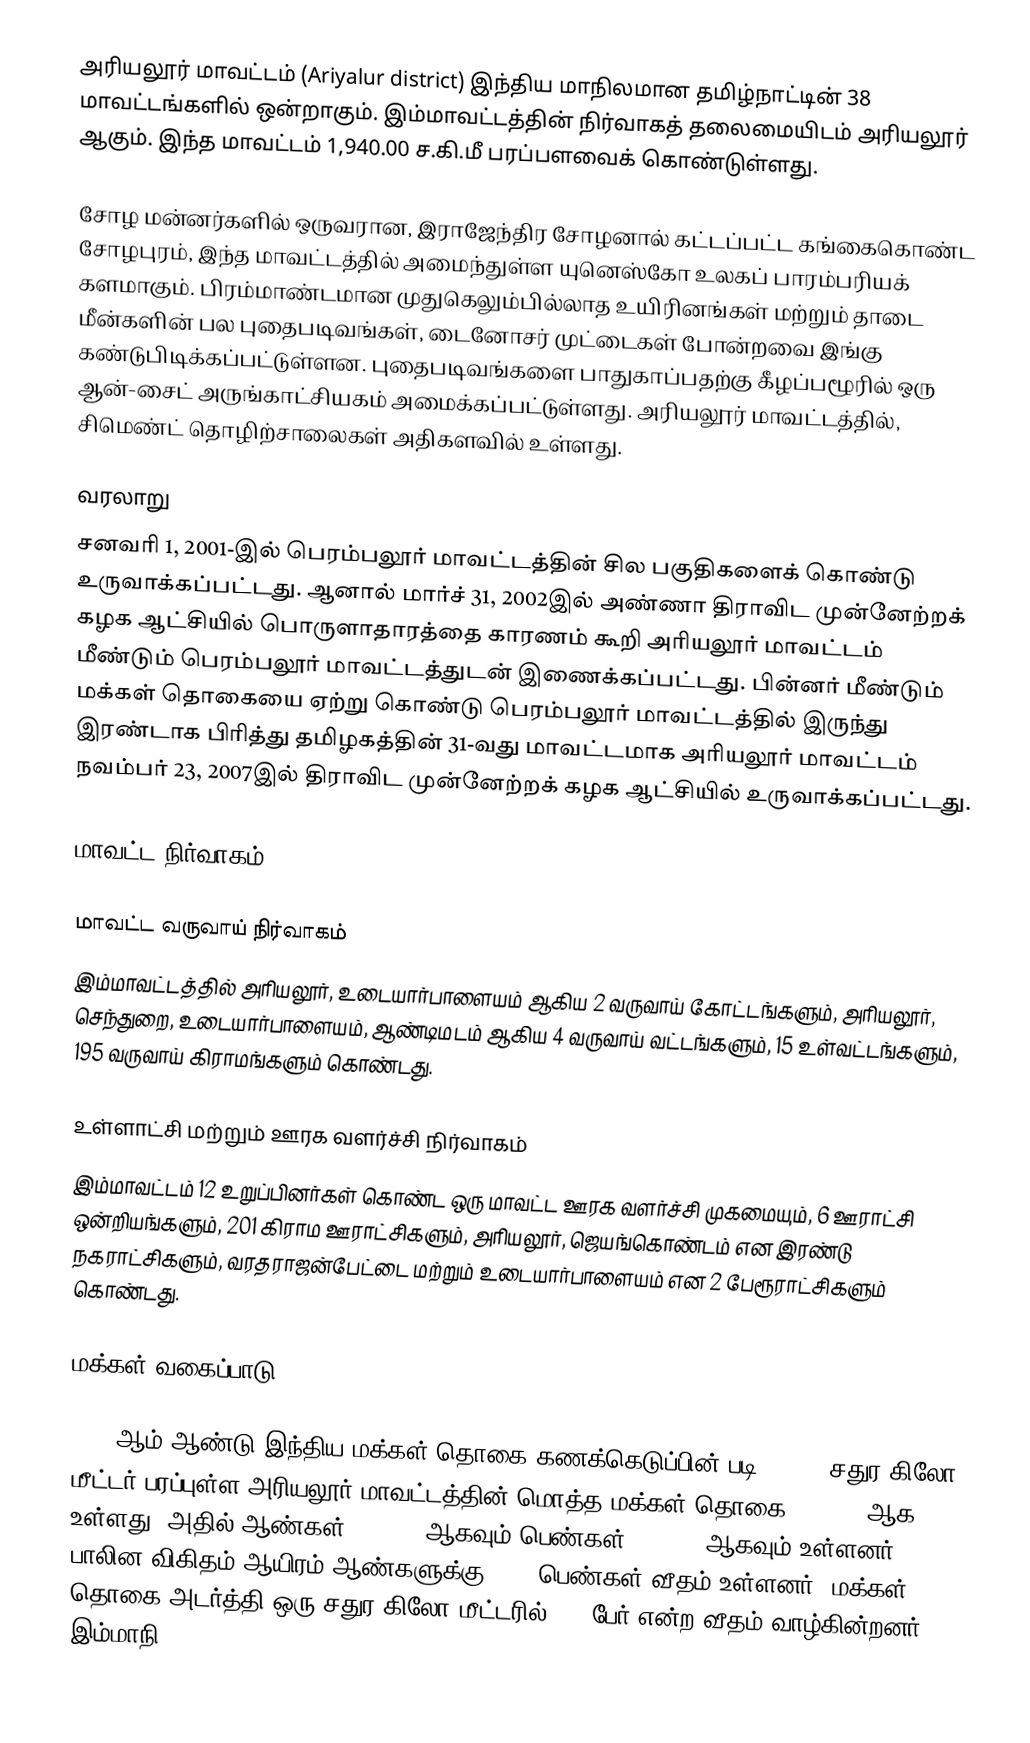
அரியலூர் மாவட்டம் (Ariyalur district) இந்திய மாநிலமான தமிழ்நாட்டின் 38 மாவட்டங்களில் ஒன்றாகும். இம்மாவட்டத்தின் நிர்வாகத் தலைமையிடம் அரியலூர் ஆகும். இந்த மாவட்டம் 1,940.00 ச.கி.மீ பரப்பளவைக் கொண்டுள்ளது.

சோழ மன்னர்களில் ஒருவரான, இராஜேந்திர சோழனால் கட்டப்பட்ட கங்கைகொண்ட சோழபுரம், இந்த மாவட்டத்தில் அமைந்துள்ள யுனெஸ்கோ உலகப் பாரம்பரியக் களமாகும். பிரம்மாண்டமான முதுகெலும்பில்லாத உயிரினங்கள் மற்றும் தாடை மீன்களின் பல புதைபடிவங்கள், டைனோசர் முட்டைகள் போன்றவை இங்கு கண்டுபிடிக்கப்பட்டுள்ளன. புதைபடிவங்களை பாதுகாப்பதற்கு கீழப்பழூரில் ஒரு ஆன்-சைட் அருங்காட்சியகம் அமைக்கப்பட்டுள்ளது. அரியலூர் மாவட்டத்தில், சிமெண்ட் தொழிற்சாலைகள் அதிகளவில் உள்ளது.

வரலாறு
சனவரி 1, 2001-இல் பெரம்பலூர் மாவட்டத்தின் சில பகுதிகளைக் கொண்டு உருவாக்கப்பட்டது. ஆனால் மார்ச் 31, 2002இல் அண்ணா திராவிட முன்னேற்றக் கழக ஆட்சியில் பொருளாதாரத்தை காரணம் கூறி அரியலூர் மாவட்டம் மீண்டும் பெரம்பலூர் மாவட்டத்துடன் இணைக்கப்பட்டது. பின்னர் மீண்டும் மக்கள் தொகையை ஏற்று கொண்டு பெரம்பலூர் மாவட்டத்தில் இருந்து இரண்டாக பிரித்து தமிழகத்தின் 31-வது மாவட்டமாக அரியலூர் மாவட்டம் நவம்பர் 23, 2007இல் திராவிட முன்னேற்றக் கழக ஆட்சியில் உருவாக்கப்பட்டது.

மாவட்ட நிர்வாகம்

மாவட்ட வருவாய் நிர்வாகம்
இம்மாவட்டத்தில் அரியலூர், உடையார்பாளையம் ஆகிய 2 வருவாய் கோட்டங்களும், அரியலூர், செந்துறை, உடையார்பாளையம், ஆண்டிமடம் ஆகிய 4 வருவாய் வட்டங்களும், 15 உள்வட்டங்களும், 195 வருவாய் கிராமங்களும் கொண்டது.

உள்ளாட்சி மற்றும் ஊரக வளர்ச்சி நிர்வாகம்
இம்மாவட்டம் 12 உறுப்பினர்கள் கொண்ட ஒரு மாவட்ட ஊரக வளர்ச்சி முகமையும், 6 ஊராட்சி ஒன்றியங்களும், 201 கிராம ஊராட்சிகளும், அரியலூர், ஜெயங்கொண்டம் என இரண்டு நகராட்சிகளும், வரதராஜன்பேட்டை மற்றும் உடையார்பாளையம் என 2 பேரூராட்சிகளும் கொண்டது.

மக்கள் வகைப்பாடு

2011 ஆம் ஆண்டு இந்திய மக்கள் தொகை கணக்கெடுப்பின் படி, 1,940 சதுர கிலோ மீட்டர் பரப்புள்ள  அரியலூர் மாவட்டத்தின் மொத்த மக்கள் தொகை 754,894 ஆக உள்ளது. அதில் ஆண்கள் 374,703 ஆகவும் பெண்கள் 380,191 ஆகவும் உள்ளனர். பாலின விகிதம் ஆயிரம் ஆண்களுக்கு 1015 பெண்கள் வீதம் உள்ளனர். மக்கள் தொகை அடர்த்தி ஒரு சதுர கிலோ மீட்டரில் 389 பேர் என்ற வீதம் வாழ்கின்றனர். இம்மாநி